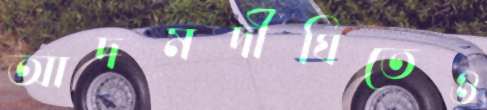
আদমদীঘিতেও